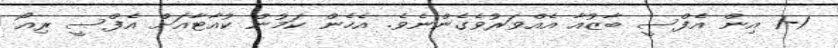
1-1 އިން އެފްސީ ބާޒުއާ އެއްވަރުވެގެންނެވެ. އެހެން ކަމުން ކުއާޓާއަށް އެފްސީ ރިއޯ